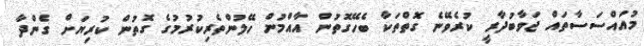
މުއައްސަސާތައް ޖަވާބުދާރީ ކުރެވޭނެ ގޮތްތަކާ ބެހޭގޮތުން އާއްމުން ހޭލުންތެރިކުރުމުގެ ގޮތުން ކުރިޔަށް ގެންދާ